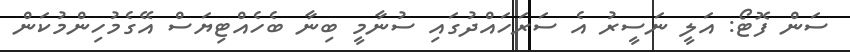
ސަން ފޮޓޯ: އަލީ ނަސީރު އެ ސަރަހައްދުގައި ސުނާމީ ބިނާ ބެހެއްޓިޔަސް އޭގެމުހިންމުކަން